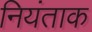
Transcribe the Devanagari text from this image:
नियंताक